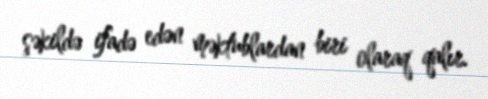
şəkildə ifadə edən məktublardan biri olaraq qalır.